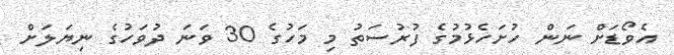
އެވޯޑަށް ނަން ހުށަހެޅުމުގެ ފުރުސަތު މި މަހުގެ 30 ވަނަ ދުވަހުގެ ނިޔަލަށް